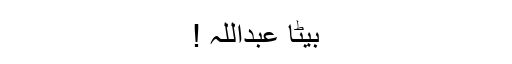
بیٹا عبداللہ !